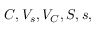
C , V _ { s } , V _ { C } , S , s ,